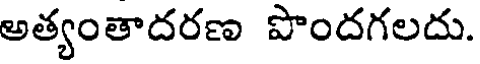
అత్యంతాదరణ పొందగలదు.